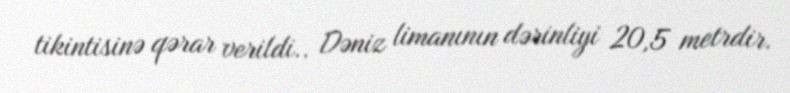
tikintisinə qərar verildi.. Dəniz limanının dərinliyi 20,5 metrdir.